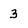
Character: 3